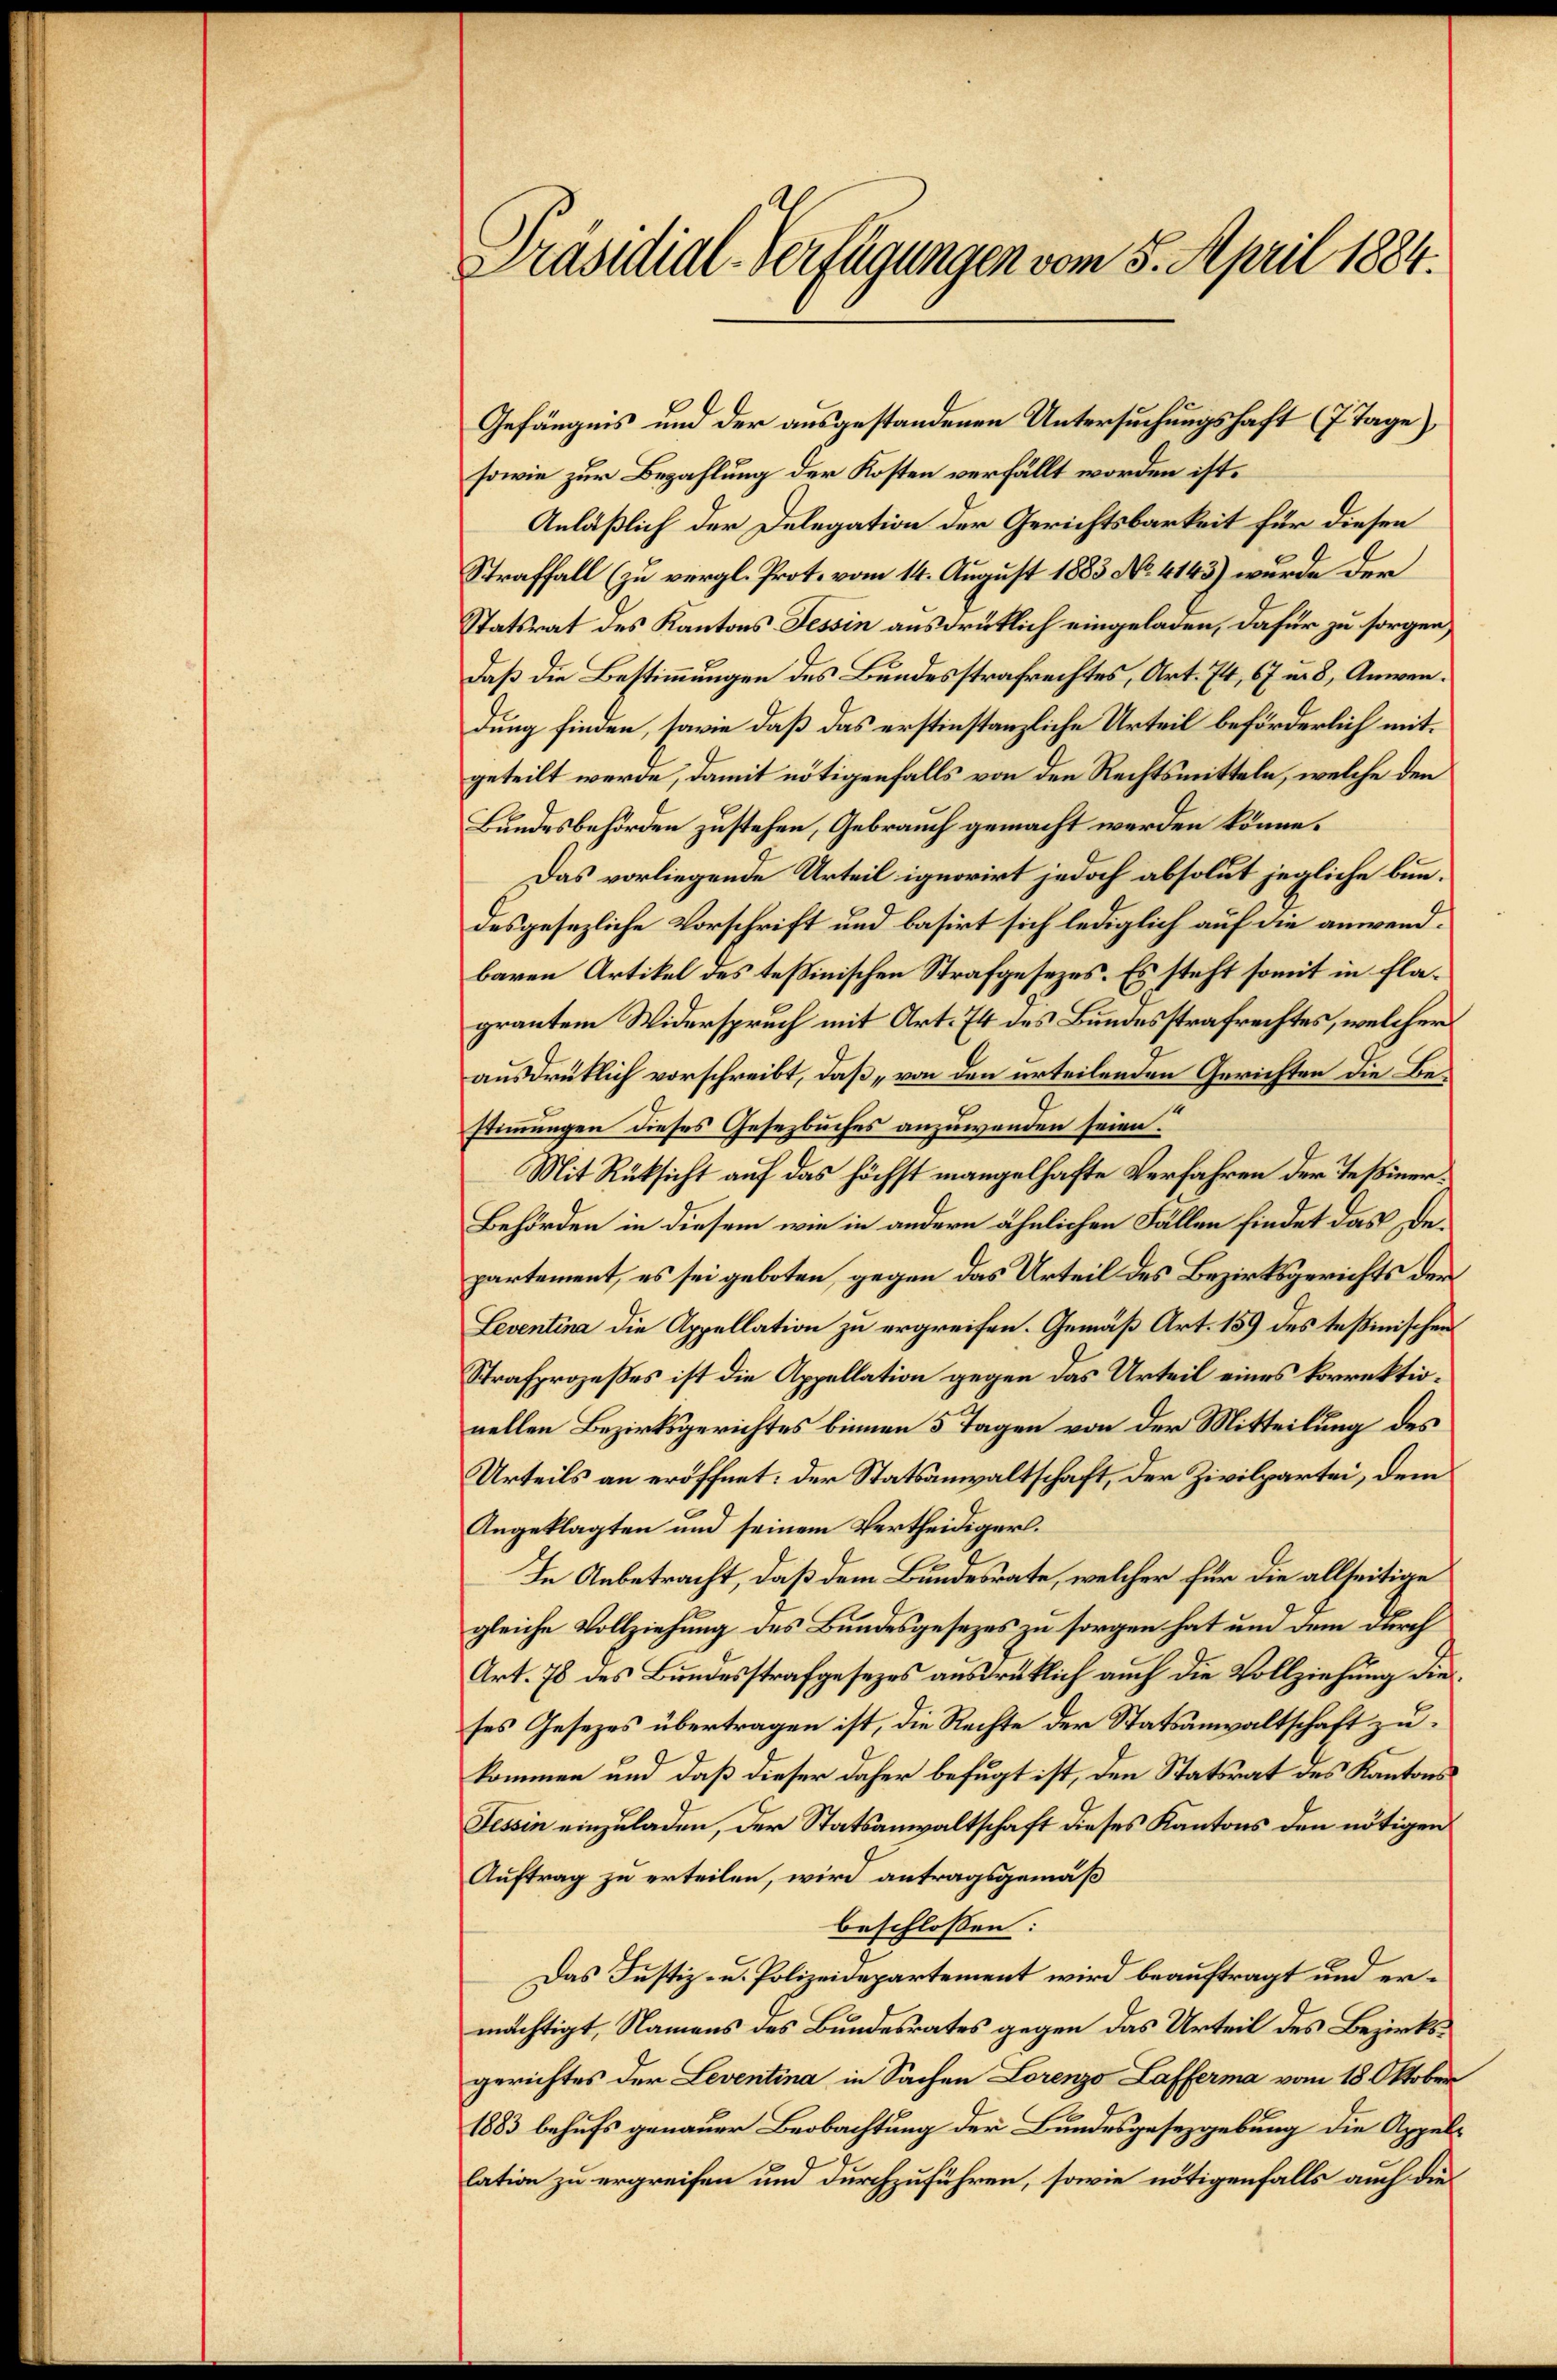
Präsidial-Verfügungen vom 5. April 1884.

Gefängnis und der ausgestandenen Untersuchungshaft (7 Tage)
sowie zur Bezahlung der Kosten verfällt worden ist.
Anläßlich der Delegation der Gerichtsbarkeit für diesen
Straffall (zu vergl. Prot. vom 14. August 1883 No. 4143) wurde der
Statsrat des Kantons Tessin ausdrüklich eingeladen, dafür zu sorgen,
daß die Bestimmungen des Bundesstrafrechtes, Art. 74, 67 u. 8, Anwendung finden, sowie daß das erstinstanzliche Urteil beförderlich mit
geteilt werde, damit nötigenfalls von den Rechtsmitteln, welche den
Bundesbehörden zustehen, Gebrauch gemacht werden könne.
Das vorliegende Urteil ignorirt jedoch absolut jegliche bundesgesezliche Vorschrift und basirt sich lediglich auf die anwendbaren Artikel des Teßinischen Strafgesezes. Es steht somit in Flagrautem Widerspruch mit Art. 74 des Bundesstrafrechtes, welcher
ausdrücklich vorschreibt, daß „von den urteilenden Gerichten die Bestimmungen dieses Gesezbuches anzuwenden seien.
Mit Rüksicht auf das höchst mangelhafte Verfahren der Teßiner¬
Behörden in diesem wie in andern ähnlichen Fällen findet das Departement, es sei geboten, gegen das Urteil des Bezirksgerichts der
Seventina die Appellation zu ergreifen. Gemäß Art. 159 des testinischen
Strafprozeßes ist die Appellation gegen das Urteil eines korrektionellen Bezirksgerichtes binnen 5 Tagen von der Mitteilung des
Urteils an eröffnet: der Statsanwaltschaft, der Zivilpartei, dem
Angeklagten und seinem Vertheidigerl.
In Anbetracht, daß dem Bundesrate, welcher für die allseitige
gleiche Vollziehung des Bundesgesezes zu sorgen hat und dem durch
Art. 76 des Bundesstrafgesezes ausdrüklich auch die Vollziehung die
ses Gesezes übertragen ist, die Rechte der Statsanwaltschaft zu
kommen und daß dieser daher befugt ist, den Statsrat des Kantons
Tessin einzuladen, der Statsanwaltschaft dieses Kantons den nötigen
Auftrag zu erteilen, wird antragsgemäß
beschlossen:
Das Justiz- u. Polizeidepartement wird beauftragt und ermächtigt, Namens des Bundesrates gegen das Urteil des Bezirksgerichtes der Leventina in Sachen Lorenzo Lafferma vom 18. Oktober
1883 behufs genauer Beobachtung der Bundesgesetzgebung die Appellation zu ergreifen und durchzuführen, sowie nötigenfalls auch die¬